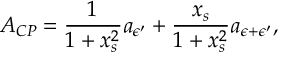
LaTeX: { \cal A } _ { C P } = \frac { 1 } { 1 + x _ { s } ^ { 2 } } a _ { { \epsilon } ^ { \prime } } + \frac { x _ { s } } { 1 + x _ { s } ^ { 2 } } a _ { { \epsilon } + { \epsilon } ^ { \prime } } ,